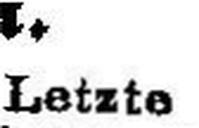
Letzte